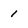
Character: 1